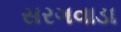
સરગવાડા